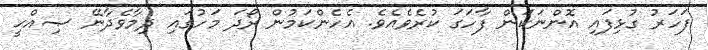
ފަހަރު ގުޅިފައި އޮންނަކަން ފާހަގަ ކުރެވެއެވެ. އެހެންކަމުން ރޯދަ މަހުގައި ދިމާވެދާނޭ ޞިއްޙީ